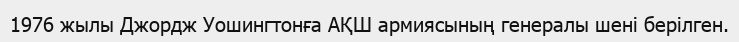
1976 жылы Джордж Уошингтонға АҚШ армиясының генералы шені берілген.